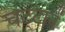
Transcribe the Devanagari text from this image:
चट्‍टानें